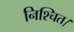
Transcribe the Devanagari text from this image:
निश्‍चित।